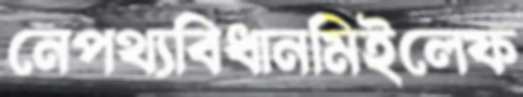
নেপথ্যবিধানমিইলেফ